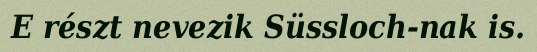
E részt nevezik Süssloch-nak is.